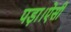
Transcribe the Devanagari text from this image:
पड़ा।ऐसी